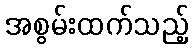
အစွမ်းထက်သည့်